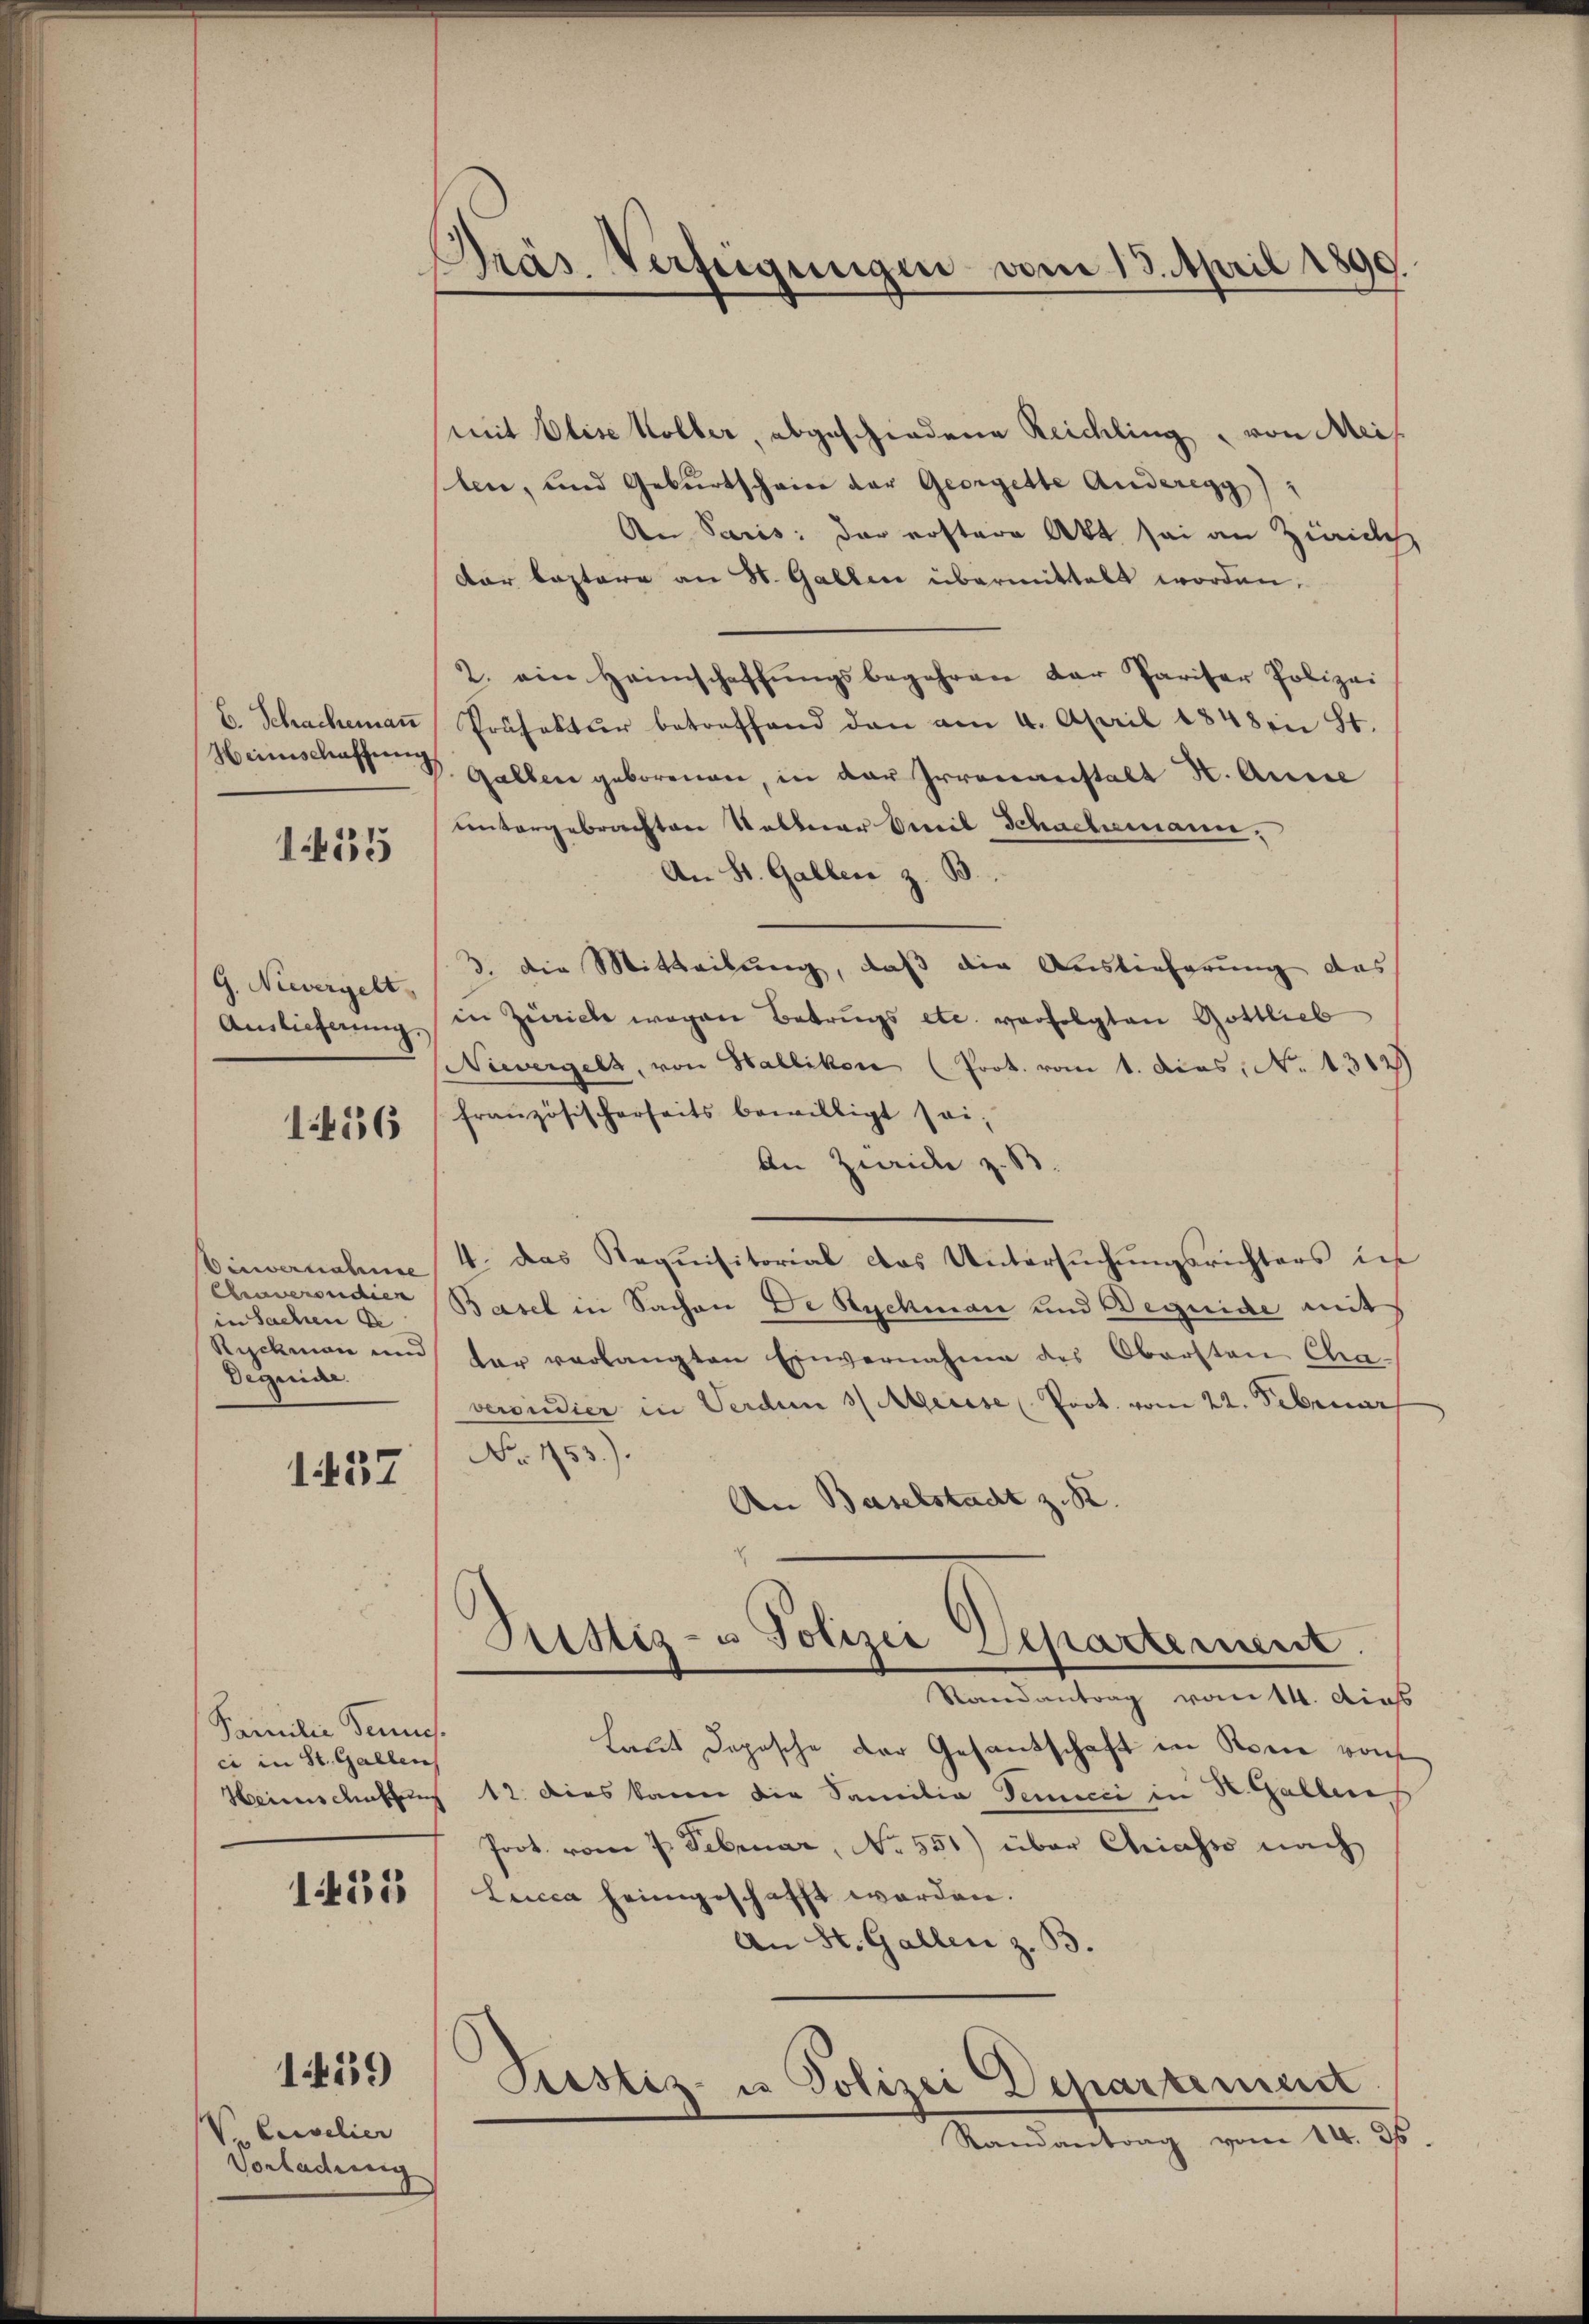
C. Schacheman

1655

G. Nievergelt
Ainlieferung.

1456

Oinvernahme
Cenverdien
in Sachen de
Rychman und
Deguide.

1437

Familie Tenne
ci in St. Gallen
Heimis cathun

1455

Ve Curvelier
Vorladung

1459

Präs. Verfügungen vom 13. April 1899.

mit Elise Kolber, abgeschiedene Reichling, von Meis
len, und Geburtscheine der Georgette Anderegg
An Paris der erstere Akt sei an Zürich
dar leztere an St. Gallen übermittelt worden.
2. ein Heimschaffŭngsbegehren der Pariser Polizei
Präfektur betreffend dan am 4. April 1848 in St.
Heimschaft . Gallen geborenen, in der Irrenanstalt H. Anne
untergebrachten Veltner Emil Schachemann,
An St. Gallen z. B.
3. die Mitteilung, daß die Auslieferung des
in Zürich wegen Betrugs etc. verfolgten Gottlieb
Nievergelt, von Wallikon (Prot. vom 1. Dcas, No. 1312)
französischerheits bewilligt sei,
An Zweide z. B.
4. das Requisitorial das Untersŭchŭngsrichters in
Basel in Sachen De Buchman und Beguide mit
ter verlangten Einvernahme des Obersten Cha-
versidier in Verden 3 Meisse Prot. vom 22. Februar
No 153.).
An Baselstadt z. B.
Justiz- u Polizei Separtement.
Randantrag vom 14. dies
Laut dopische der Gesandschaft in Sonne von
12. Dies kann die Familie Temicii in K. Gallen
Poot. vom 7. Februar, No. 551) über Chriasso nach
Lucca heimgeschafft worden.
An St. Gallen z. B.
Justiz- u Polizei Departement
Randantrag vom 14. 36.